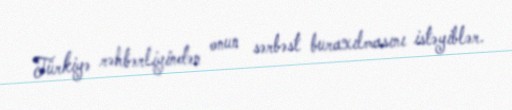
Türkiyə rəhbərliyindən onun sərbəst buraxılmasını istəyiblər.